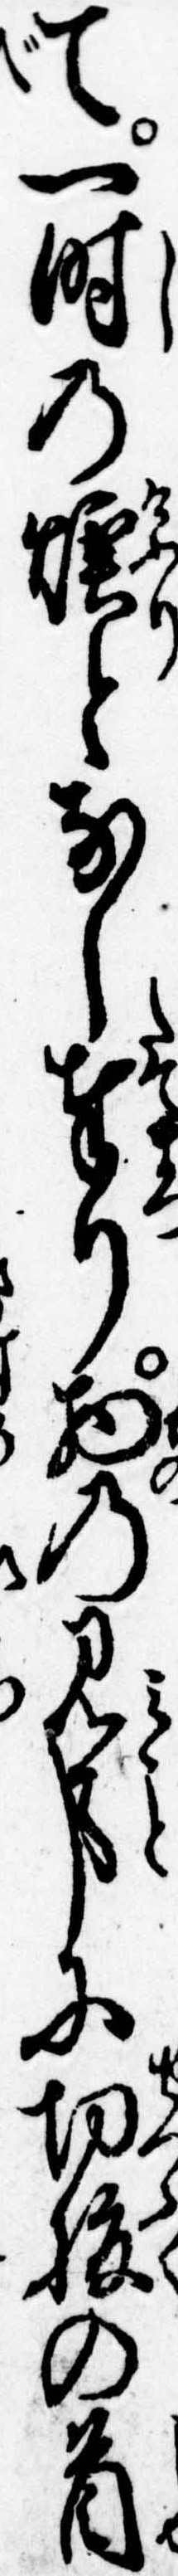
て一時の煙となし奉り物の見事に切腹の首